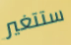
ستتغير